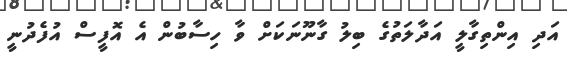
އަދި އިންތިގާލީ އަދާލަތުގެ ބިލު ގާނޫނަކަށް ވާ ހިސާބުން އެ އޮފީސް އުފެދުނީ